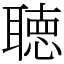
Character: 聴